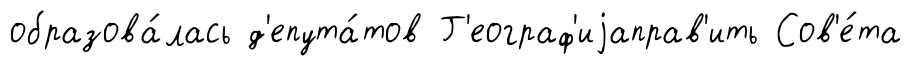
образова́лась д'епута́тов Г'еограф'иjаправ'ить Сов'е́та